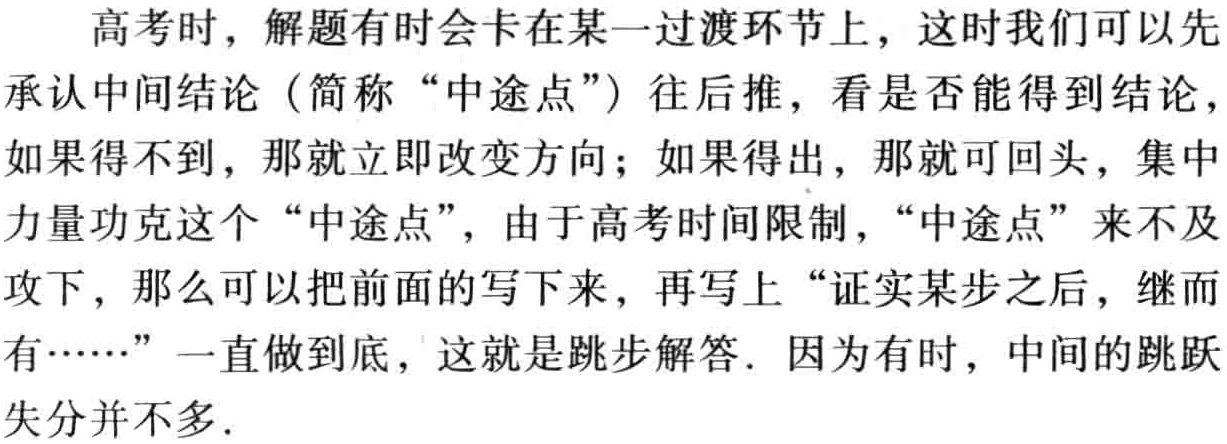
高考时，解题有时会卡在哪一过渡环节上，这时我们可以先

承认中间结论（简称“中途点”）往后推，看是否能得到结论，

如果得不到，那就立即改变方向；如果得出，那就可回头，集中

力量功克这个“中途点”，由于高考时间限制，“中途点”来不及

攻下，那么可以把前面的写下来，再写上“证实某步之后，继而

有……”一直做到底，这就是跳步解答．因为有时，中间的跳跃

失分并不多．